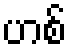
ဟစ်